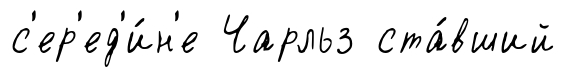
с'ер'ед'и́н'е Чарльз ста́вший